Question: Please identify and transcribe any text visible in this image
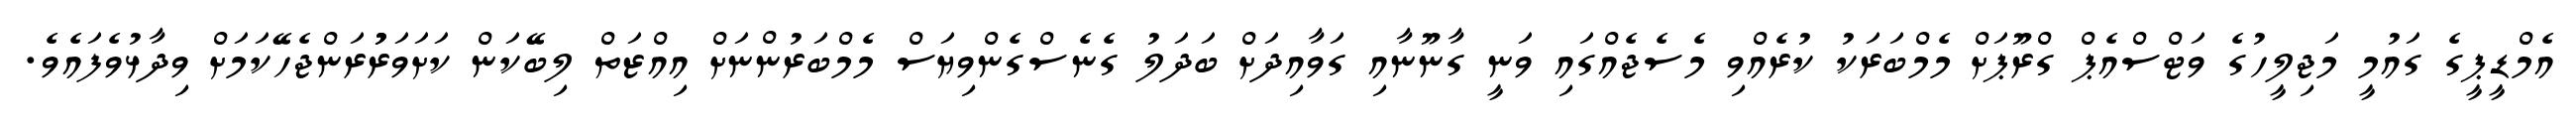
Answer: އެމްޑީޕީގެ ގައުމީ މަޖިލީހުގެ ވަޓްސްއެޕް ގްރޫޕަށް މެމްބަރަކު ކުރެއްވި މެސެޖެއްގައި ވަނީ ގާނޫނާއި ގަވާއިދަށް ބަދަލު ގެނެސްގެންވިޔަސް މެމްބަރުންނަށް އިއްޒަތް ލިބޭކަން ކަށަވަރުުރަންޖެހޭކަމަށް ވިދާޅުވެފައެވެ.